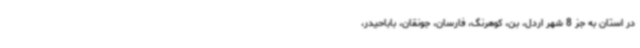
در استان به جز 8 شهر اردل، بن، کوهرنگ، فارسان، جونقان، باباحیدر،